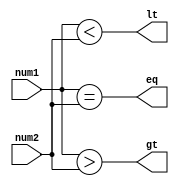
module inequality_comparator (
    input signed [31:0] num1,
    input signed [31:0] num2,
    output reg eq,
    output reg gt,
    output reg lt
);
  
  always @* begin
    eq = (num1 == num2);
    gt = (num1 > num2);
    lt = (num1 < num2);
  end
  
endmodule